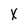
Character: X